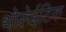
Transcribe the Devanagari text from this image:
थोलेईटिक